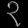
Digit: ၃